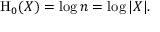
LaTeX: \mathrm { H } _ { 0 } ( X ) = \log n = \log | X | .